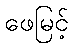
ဖေမြင့်